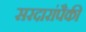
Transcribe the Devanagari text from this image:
सरदारांपैकी